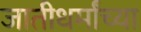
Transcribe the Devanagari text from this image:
जातीधर्मांच्या